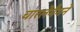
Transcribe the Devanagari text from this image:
चारलेमैगने